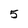
Character: 5